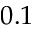
0 . 1